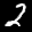
Label: 2